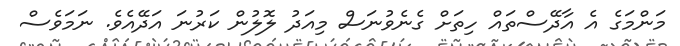
މަންމަގެ އެ އާދޭސްތައް ހިތަށް ގެނެވުނަސް މިއަދު ލޮލުން ކަރުނަ އަދޭއެވެ. ނަމަވެސް